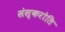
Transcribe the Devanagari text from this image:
संस्करोति